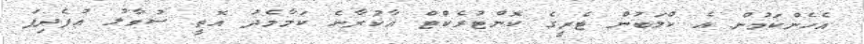
އެހެންކަމުން އެ ކްލަބުން ޓެރީގެ ކޮންޓުރެކްޓް އާކުރާނެ ކަމާމެދު އޮތީ ސުވާލު އުފެދިފަ